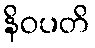
နိဝပတိ